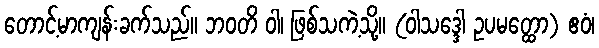
တောင့်မာကျန်းခက်သည်။ ဘဝတိ ဝါ၊ ဖြစ်သကဲ့သို့။ (ဝါသဒ္ဒေါ ဥပမတ္ထော) ဧဝံ၊